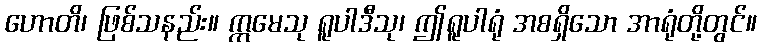
ဟောတိ၊ ဖြစ်သနည်း။ ဣမေသု ရူပါဒီသု၊ ဤရူပါရုံ အစရှိသော အာရုံတို့တွင်။